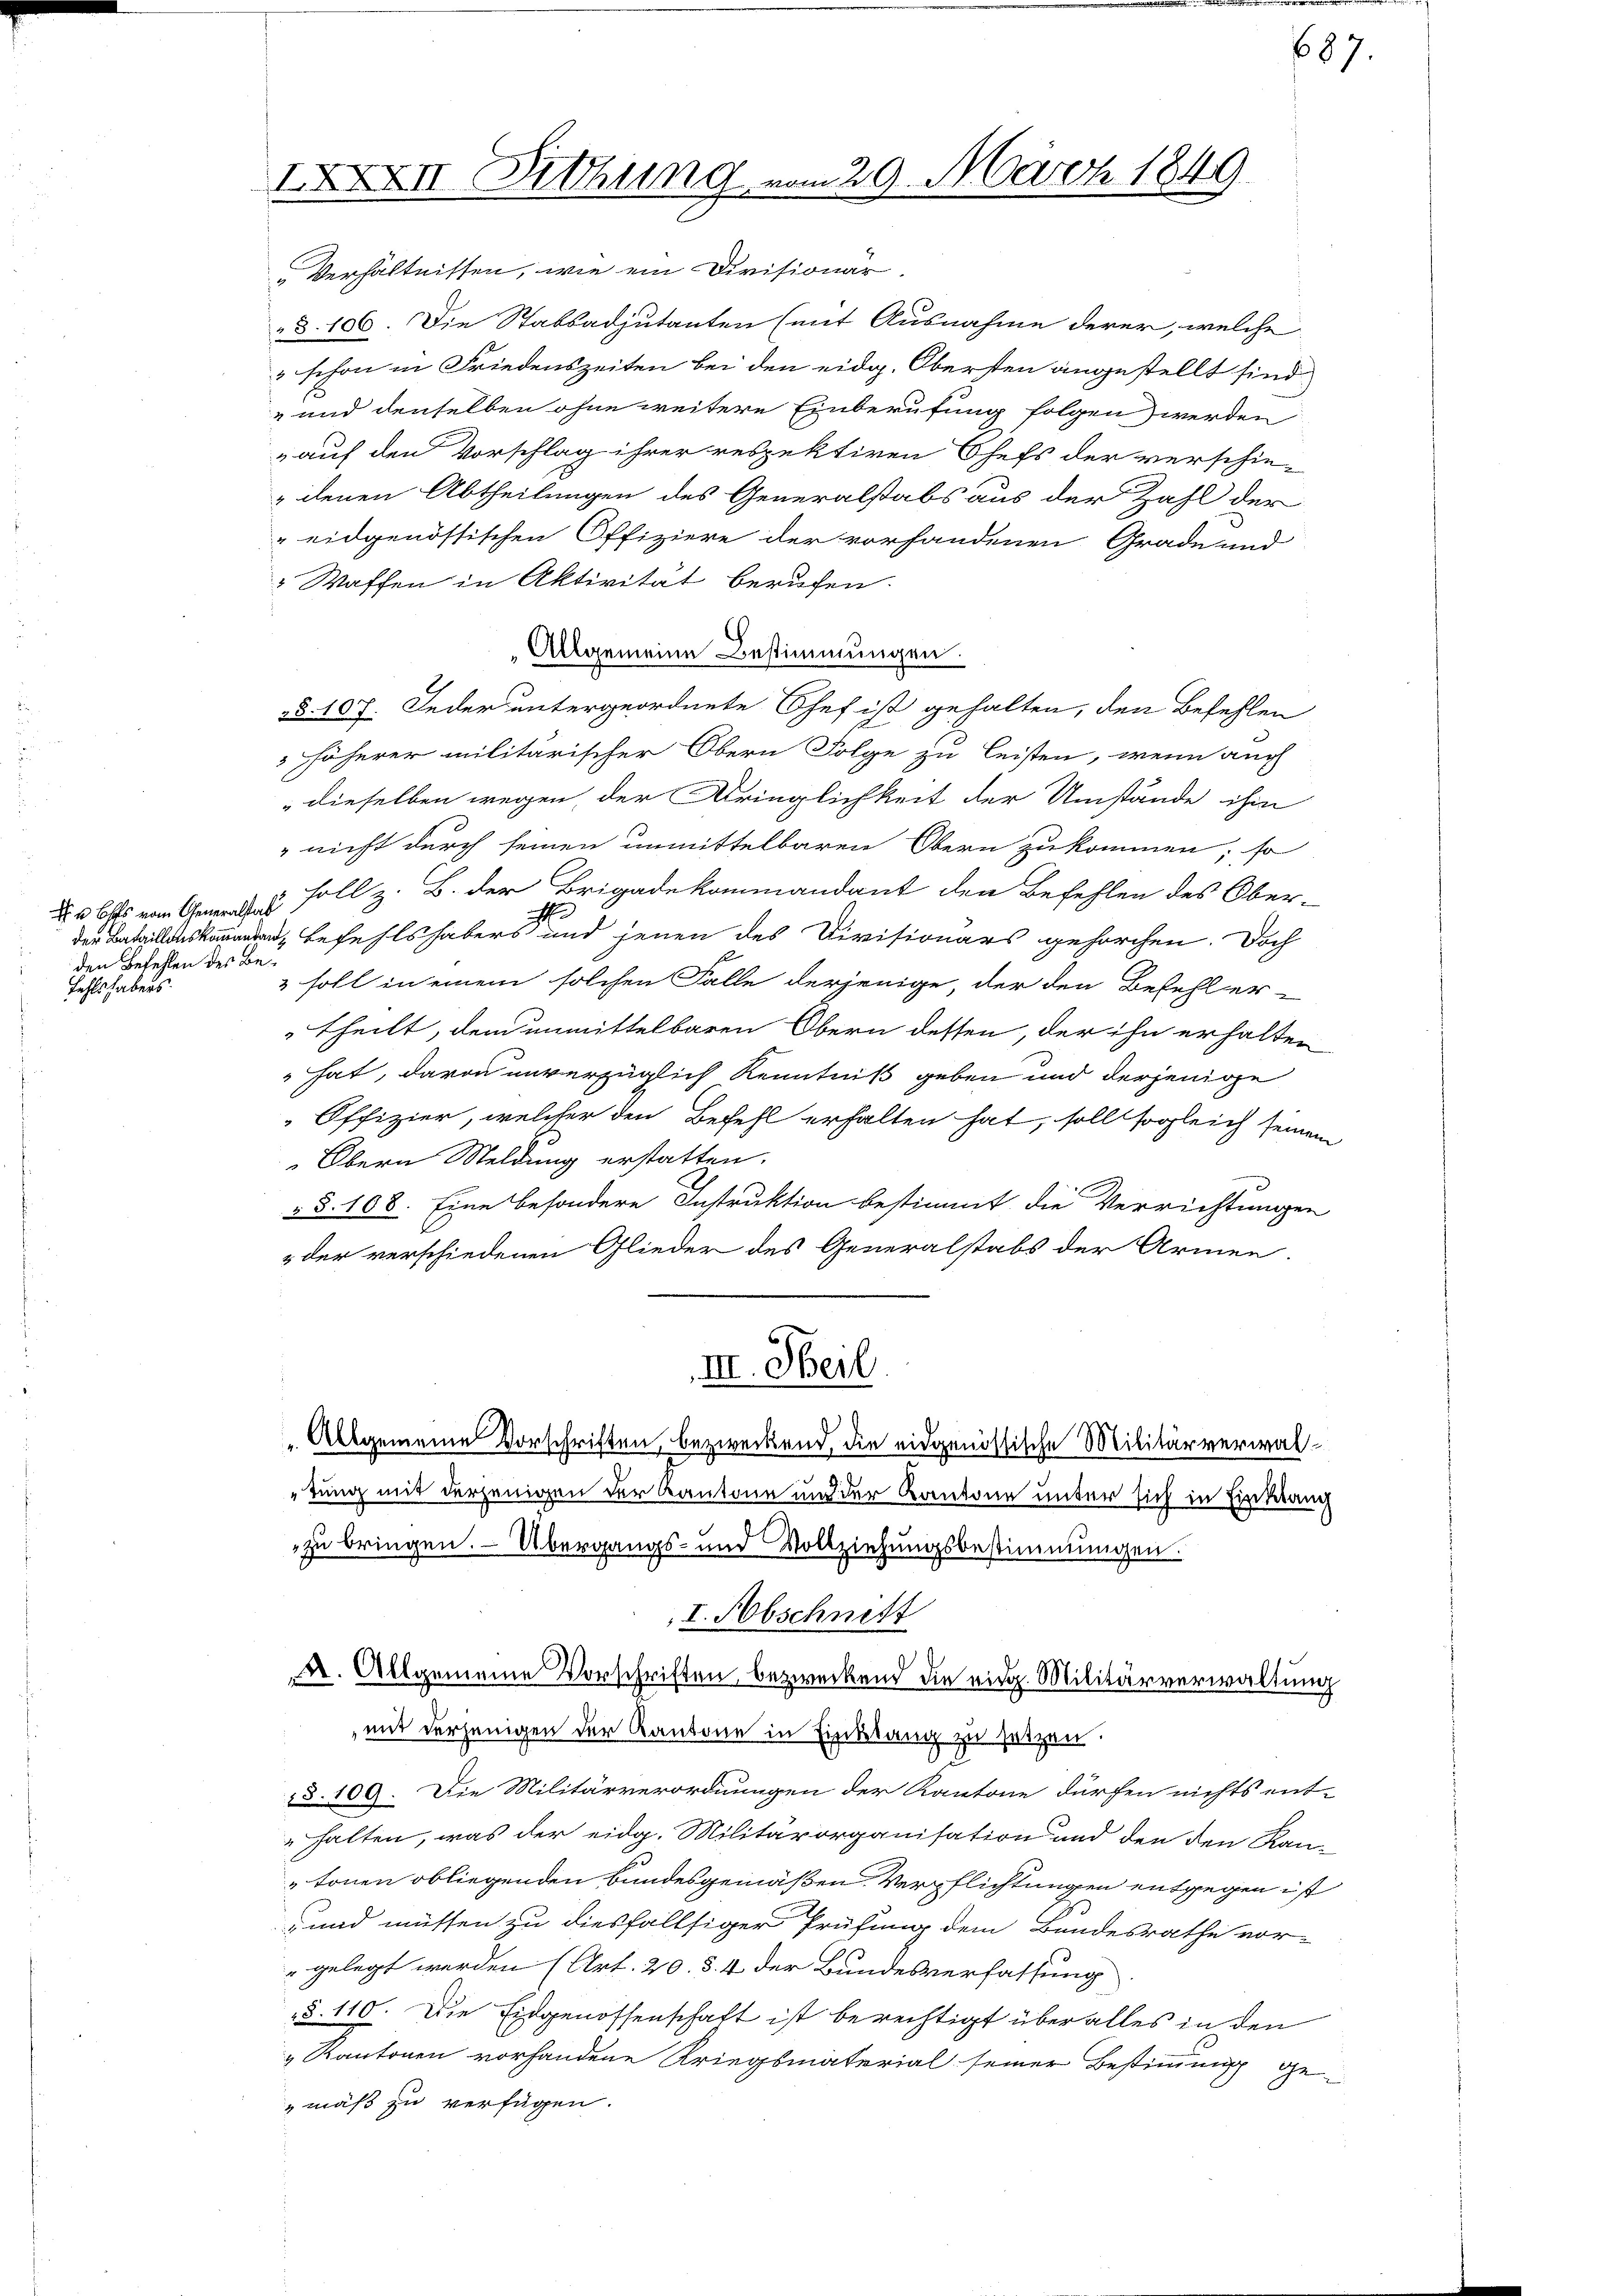
u bles vom Generalstab
den Befehlen des Be¬
Fehlshabens.

IXXXIII. Diehung vom 29. März 1849

Verhältnissen, wie ein Divisionär
§. 106. Die Stabsadjutanten (mit Ausnahme derer, welche
3 schon in Friedenszeiten bei den eidg. Obersten angestellt sind
" und denselben ohne weitere Einberufung folgen werden
auf den Vorschlag ihrer respektiren Chefs der verschie¬
& denen Abtheilungen des Generalstabs aus der Zahl der
 eidgenössischen Offiziere der vorhandenen Grade und
Waffen in Aktivität berufen.
.
Allgemeine Bestimmungen.
§. 107. Jeder untergeordnete Chef ist gehalten, den Befehlen
 höherer militärischer Obern Folge zu leisten, wenn auch
dieselben wegen, der Bringlichkeit der Umstände ihm
" nicht durch seinen unmittelbaren Obern zu kommen; so
soll z. B. der Brigadekommandant den Befehlen des Ober-
etall befehls habers und jenen des Divisionärs gehorchen. Doch
3 soll in einem solchen Falle derjenige, der den Befehler-
theilt, dem unmittelbaren Obern dessen, der ihn erhalten
 hat, davon unverzüglich Kenntniß geben und derjenige
Offizier, welcher den Befehl erhalten hat, soll sogleich seinem
Obern Meldung erstatten.
 §. 108. Eine besondere Instruktion bestimmt die Verrichtungen
 der verschiedenen Glieder des Generalstabs der Armen.
III. Heil.
Allgemeine Vorschriften, bezweckend, die eidgenössische Militärverwaltung mit derjenigen der Kantone und der Kantone unter sich in Einklang
zu bringen. — Übergangs- und Vollziehungsbestimmungen.
I. Abschnitt
A. Allgemeine Vorschriften, bezweckend die eidg. Militärverwaltung
mit derjenigen der Kantone in Einklang zu setzen.
§. 109. Die Militärverordnungen der Kantone dürfen nichts ent-
halten, was der eidg. Militärorganisation und den den Kantonen obliegenden bundesgemäßen Verpflichtungen entgegen ist
und müssen zu diesfallsiger Prüfung dem Bundesrathe vor-
gelegt werden (Art. 20. §. 4 der Bundesverfassung
§. 110. Die Eidgenossenschaft ist berechtigt über alles in den
„Kantonen vorhandene Kriegsmaterial seiner Bestimmung gemäß zu verfügen.

87.